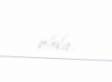
oldu.